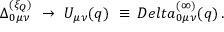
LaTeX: \Delta _ { 0 \mu \nu } ^ { ( \xi _ { Q } ) } \ \to \ U _ { \mu \nu } ( q ) \ \equiv \, D e l t a _ { 0 \mu \nu } ^ { ( \infty ) } ( q ) \, .